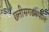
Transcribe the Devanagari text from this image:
छ्त्तीसगढमधील